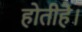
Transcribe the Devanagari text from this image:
होतीहै।